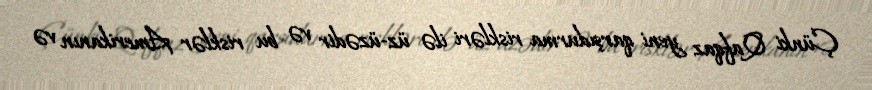
Çünki Qafqaz yeni qarşıdurma riskləri ilə üz-üzədir və bu risklər Amerikanın və